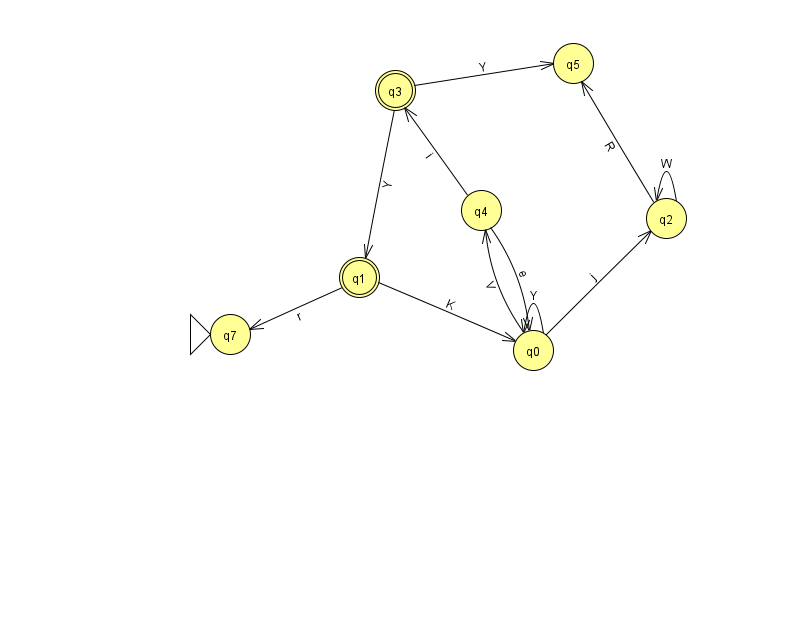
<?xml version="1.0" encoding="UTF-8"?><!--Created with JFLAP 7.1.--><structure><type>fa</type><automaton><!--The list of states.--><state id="0" name="q0"><x>533.0</x><y>337.0</y></state><state id="1" name="q1"><x>359.0</x><y>264.0</y><final/></state><state id="2" name="q2"><x>666.0</x><y>205.0</y></state><state id="3" name="q3"><x>395.0</x><y>77.0</y><final/></state><state id="4" name="q4"><x>481.0</x><y>197.0</y></state><state id="5" name="q5"><x>573.0</x><y>50.0</y></state><state id="7" name="q7"><x>230.0</x><y>321.0</y><initial/></state><!--The list of transitions.--><transition><from>1</from><to>0</to><read>K</read></transition><transition><from>4</from><to>0</to><read>e</read></transition><transition><from>4</from><to>3</to><read>i</read></transition><transition><from>0</from><to>4</to><read>V</read></transition><transition><from>2</from><to>5</to><read>R</read></transition><transition><from>3</from><to>5</to><read>Y</read></transition><transition><from>2</from><to>2</to><read>W</read></transition><transition><from>0</from><to>0</to><read>Y</read></transition><transition><from>1</from><to>7</to><read>r</read></transition><transition><from>0</from><to>2</to><read>j</read></transition><transition><from>3</from><to>1</to><read>Y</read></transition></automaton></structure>